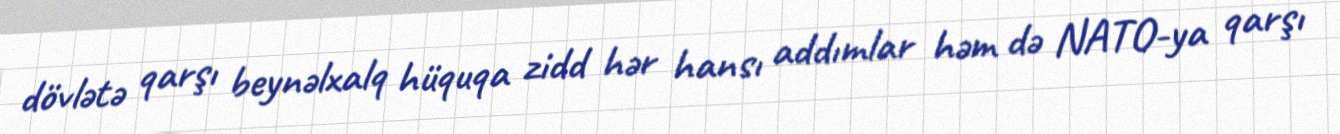
dövlətə qarşı beynəlxalq hüquqa zidd hər hansı addımlar həm də NATO-ya qarşı